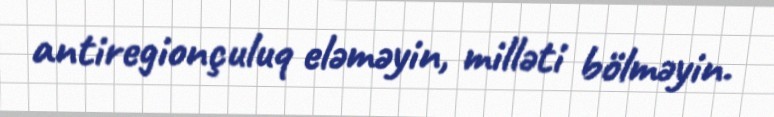
antiregionçuluq eləməyin, milləti bölməyin.